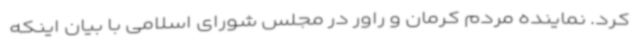
کرد. نماینده مردم کرمان و راور در مجلس شورای اسلامی با بیان اینکه